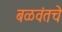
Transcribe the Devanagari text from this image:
बळवंतचे